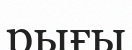
рығы